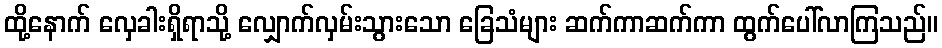
ထို့နောက် လှေခါးရှိရာသို့ လျှောက်လှမ်းသွားသော ခြေသံများ ဆက်ကာဆက်ကာ ထွက်ပေါ်လာကြသည်။